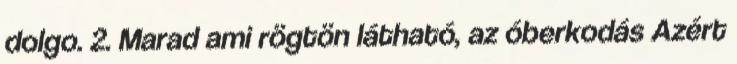
dolgo. 2. Marad ami rögtön látható, az óberkodás Azért